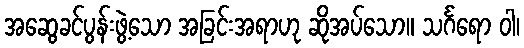
အဆွေခင်ပွန်းဖွဲ့သော အခြင်းအရာဟု ဆိုအပ်သော။ သင်္ဂရော ဝါ၊